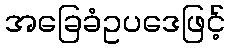
အခြေခံဥပဒေဖြင့်